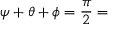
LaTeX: \psi + \theta + \phi = { \frac { \pi } { 2 } } =